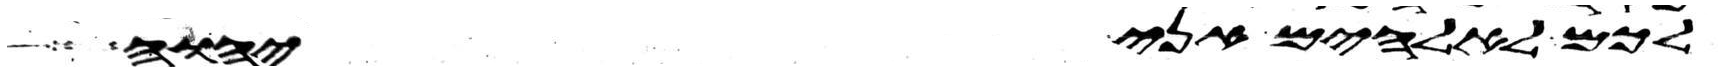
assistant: לכם לאלהים אני יהוה